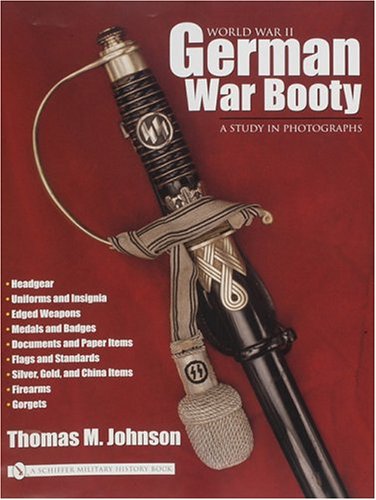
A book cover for World War 2 German War Booty a Study in Photographs (Schiffer Military History); Crafts, Hobbies & Home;